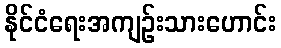
နိုင်ငံရေးအကျဉ်းသားဟောင်း